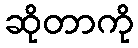
ဆိုတာကို